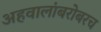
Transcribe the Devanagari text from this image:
अहवालांबरोबरच